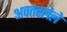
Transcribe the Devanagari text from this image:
अवतरलेले